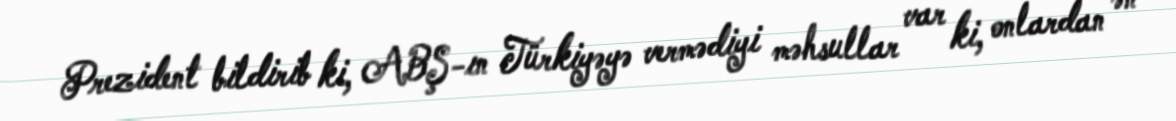
Prezident bildirib ki, ABŞ-ın Türkiyəyə vermədiyi məhsullar var ki, onlardan ən